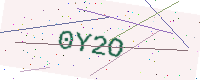
Text: 0Y2O